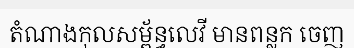
តំណាងកុលសម្ព័ន្ធលេវី មានពន្លក ចេញ